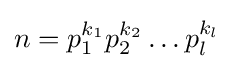
n=p_{1}^{k_{1}}p_{2}^{k_{2}}\dots p_{l}^{k_{l}}